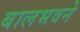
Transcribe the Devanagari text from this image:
बालभवने